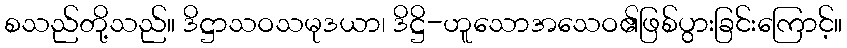
စသည်တို့သည်။ ဒိဋ္ဌာသဝသမုဒယာ၊ ဒိဋ္ဌိ-ဟူသောအသေဝ၏ဖြစ်ပွားခြင်းကြောင့်။